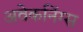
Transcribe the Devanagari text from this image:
अवेकनिंग्स